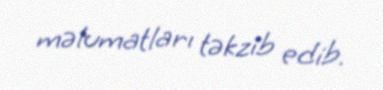
məlumatları təkzib edib.